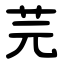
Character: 芫